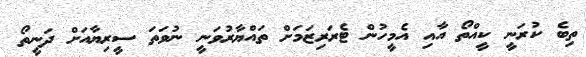
ތިބެ ކުރަނީ ކީއްތޯ އާއި އެމީހުން ޓެރަރިޒަމަށް ތައްޔާރުވަނީ ނުވަތަ ސީރިޔާއަށް ދަނީތޯ